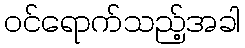
ဝင်ရောက်သည့်အခါ